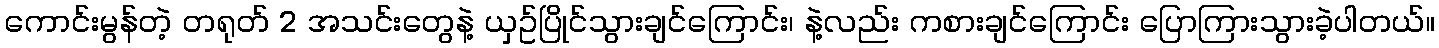
ကောင်းမွန်တဲ့ တရုတ် 2 အသင်းတွေနဲ့ ယှဥ်ပြိုင်သွားချင်ကြောင်း၊ နဲ့လည်း ကစားချင်ကြောင်း ပြောကြားသွားခဲ့ပါတယ်။